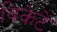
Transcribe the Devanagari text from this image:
विकेटें